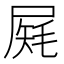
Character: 𡲔